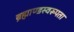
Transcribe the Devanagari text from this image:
ब्रह्माण्डस्वरूपता